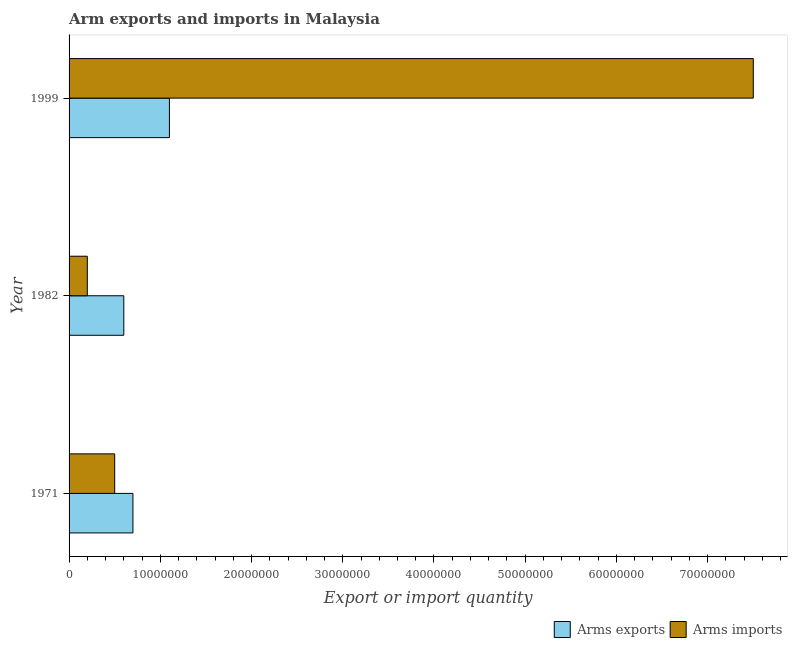
| Year | Arms exports | Arms imports |
 | --- | --- | --- |
 | 1971 | 7e+06 | 5e+06 |
 | 1982 | 6e+06 | 2e+06 |
 | 1999 | 1.1e+07 | 7.5e+07 |